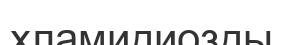
хламидиозды